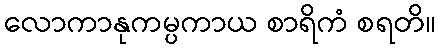
လောကာနုကမ္ပကာယ စာရိကံ စရတိ။